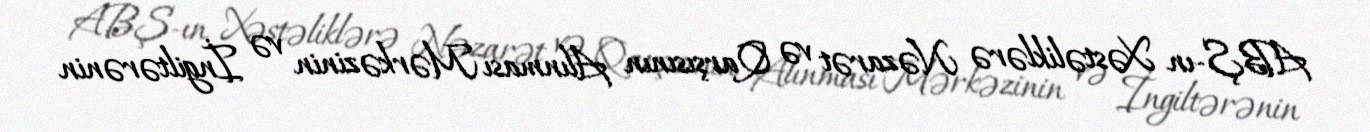
ABŞ-ın Xəstəliklərə Nəzarət və Qarşısının Alınması Mərkəzinin və İngiltərənin